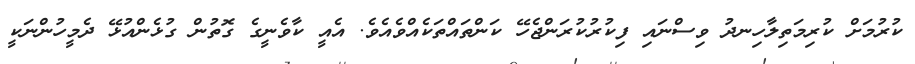
ކުރުމަށް ކުރިމަތިލާހިނދު ވިސްނައި ފިކުރުކުރަންޖެހޭ ކަންތައްތަކެއްވެއެވެ. އެއީ ކާވެނީގެ ގޮތުން ގުޅެންއުޅޭ ދެމީހުންނަކީ